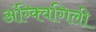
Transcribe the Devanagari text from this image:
अंग्क्विगिली